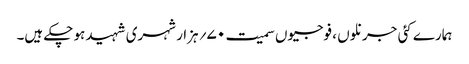
ہمارے کئی جرنلوں ، فوجیوں سمیت ۷۰؍ ہزار شہری شہید ہو چکے ہیں۔